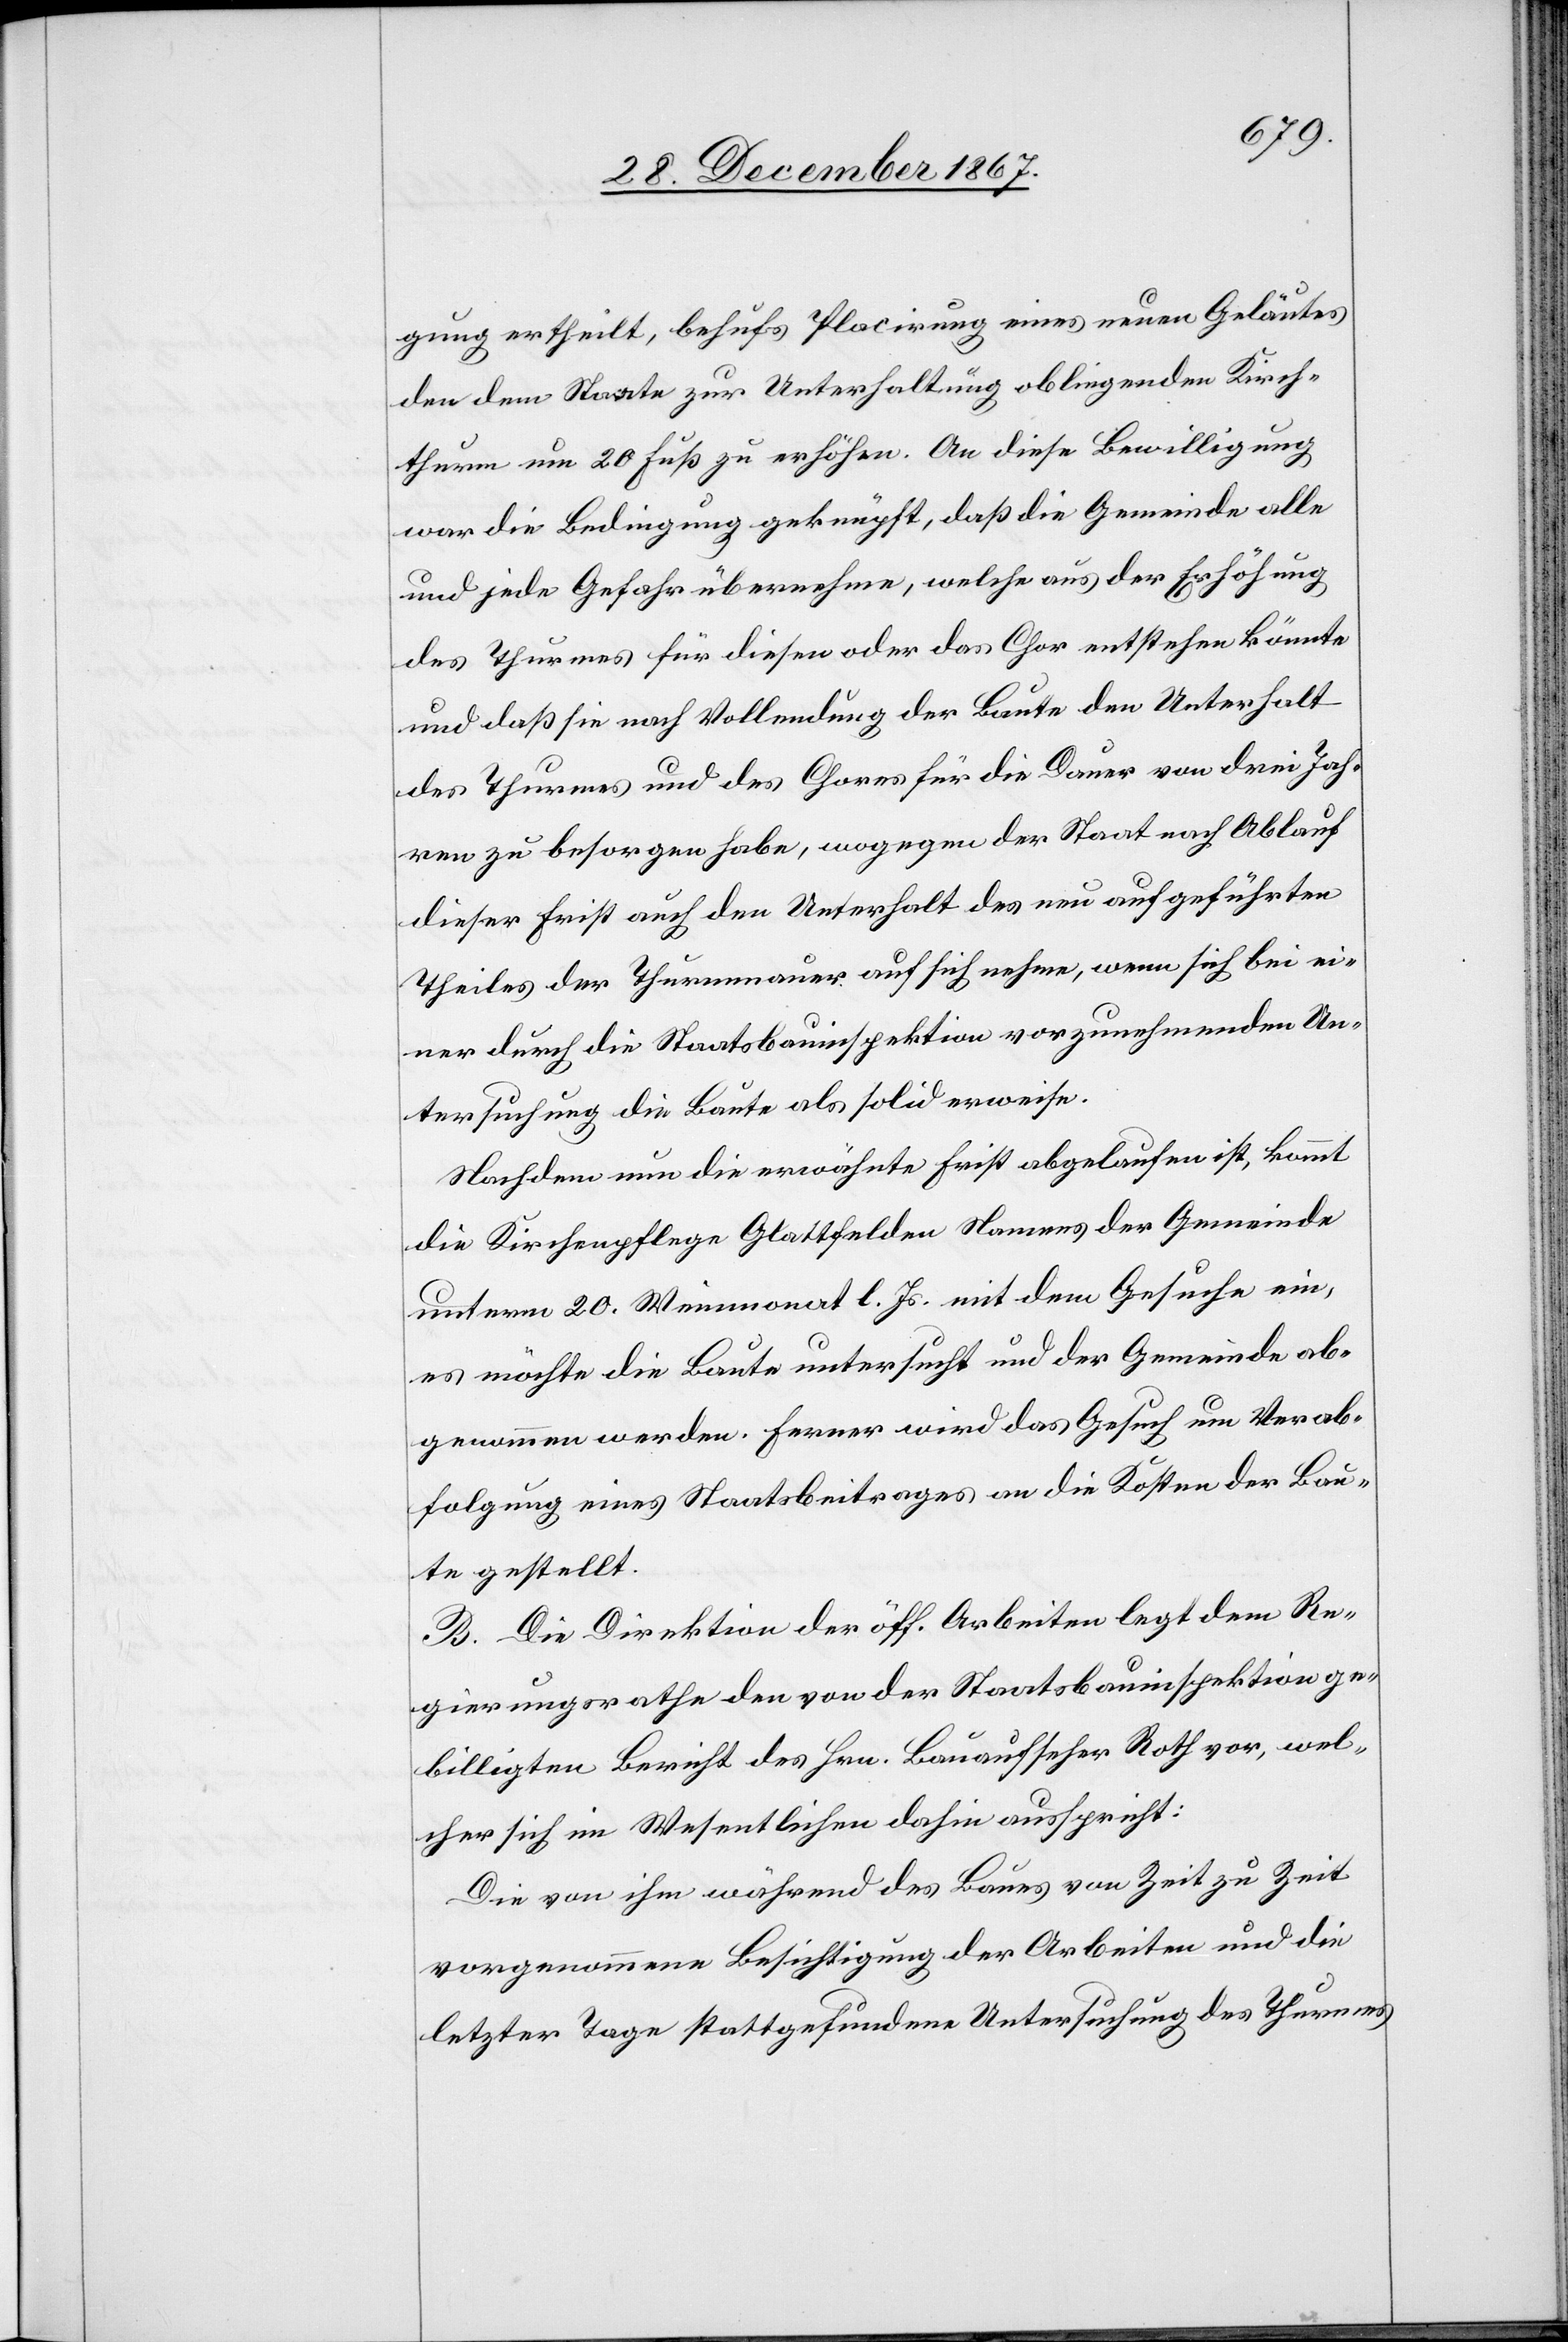
gung ertheilt, behufs Placirung eines neuen Geläutes
den dem Staats zur Unterhaltung obliegenden Kirch¬
thurm um 20 Fuß zu erhöhen. An diese Bewilligung
war die Bedingung geknüpft, daß die Gemeinde alle
und jede Gefahr übernehme, welche aus der Erhöhung
des Thurmes für diesen oder das Chor entstehen könnte
und daß sie nach Vollendung der Baute den Unterhalt
des Thurmes und des Chores für die Dauer von drei Jah¬
ren zu besorgen habe, wogegen der Staat nach Ablauf
dieser Frist auch den Unterhalt des neu aufgeführten
Theiles der Thurmmauer auf sich nehme, wenn sich bei ei¬
ner durch die Staatsbauinspektion vorzunehmenden Un¬
tersuchung die Baute als solid erweise.
Nachdem nun die erwähnte Frist abgelaufen ist, kommt
die Kirchenpflege Glattfelden Namens der Gemeinde
unterm 20. Weinmonat l. Js. mit dem Gesuche ein,
es möchte die Baute untersucht und der Gemeinde ab¬
genommen werden. Ferner wird das Gesuch um Verab¬
folgung eines Staatsbeitrages an die Kosten der Bau¬
te gestellt.
B. Die Direktion der öff. Arbeiten legt dem Re¬
gierungsrathe den von der Staatsbauinspektion ge¬
billigten Bericht des Hrn. Bauaufseher Roth vor, wel¬
cher sich im Wesentlichen dahin ausspricht:
Die von ihm während des Baues von Zeit zu Zeit
vorgenommene Besichtigung der Arbeiten und die
letzter Tage stattgefundene Untersuchung des Thurmes